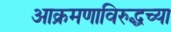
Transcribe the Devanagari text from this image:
आक्रमणाविरुद्धच्या